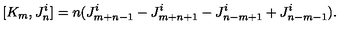
[ K _ { m } , J _ { n } ^ { i } ] = n ( J _ { m + n - 1 } ^ { i } - J _ { m + n + 1 } ^ { i } - J _ { n - m + 1 } ^ { i } + J _ { n - m - 1 } ^ { i } ) .